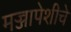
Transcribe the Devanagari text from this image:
मज्जापेशीचे